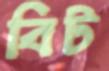
বিট